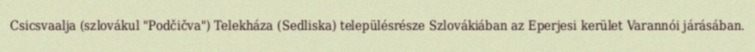
Csicsvaalja (szlovákul "Podčičva") Telekháza (Sedliska) településrésze Szlovákiában az Eperjesi kerület Varannói járásában.